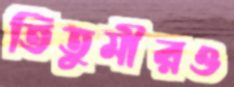
তিতুমীরও